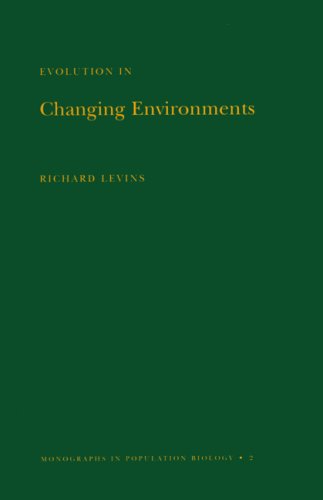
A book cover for Evolution in Changing Environments: Some Theoretical Explorations. (MPB-2) (Monographs in Population Biology); Richard Levins; Science & Math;